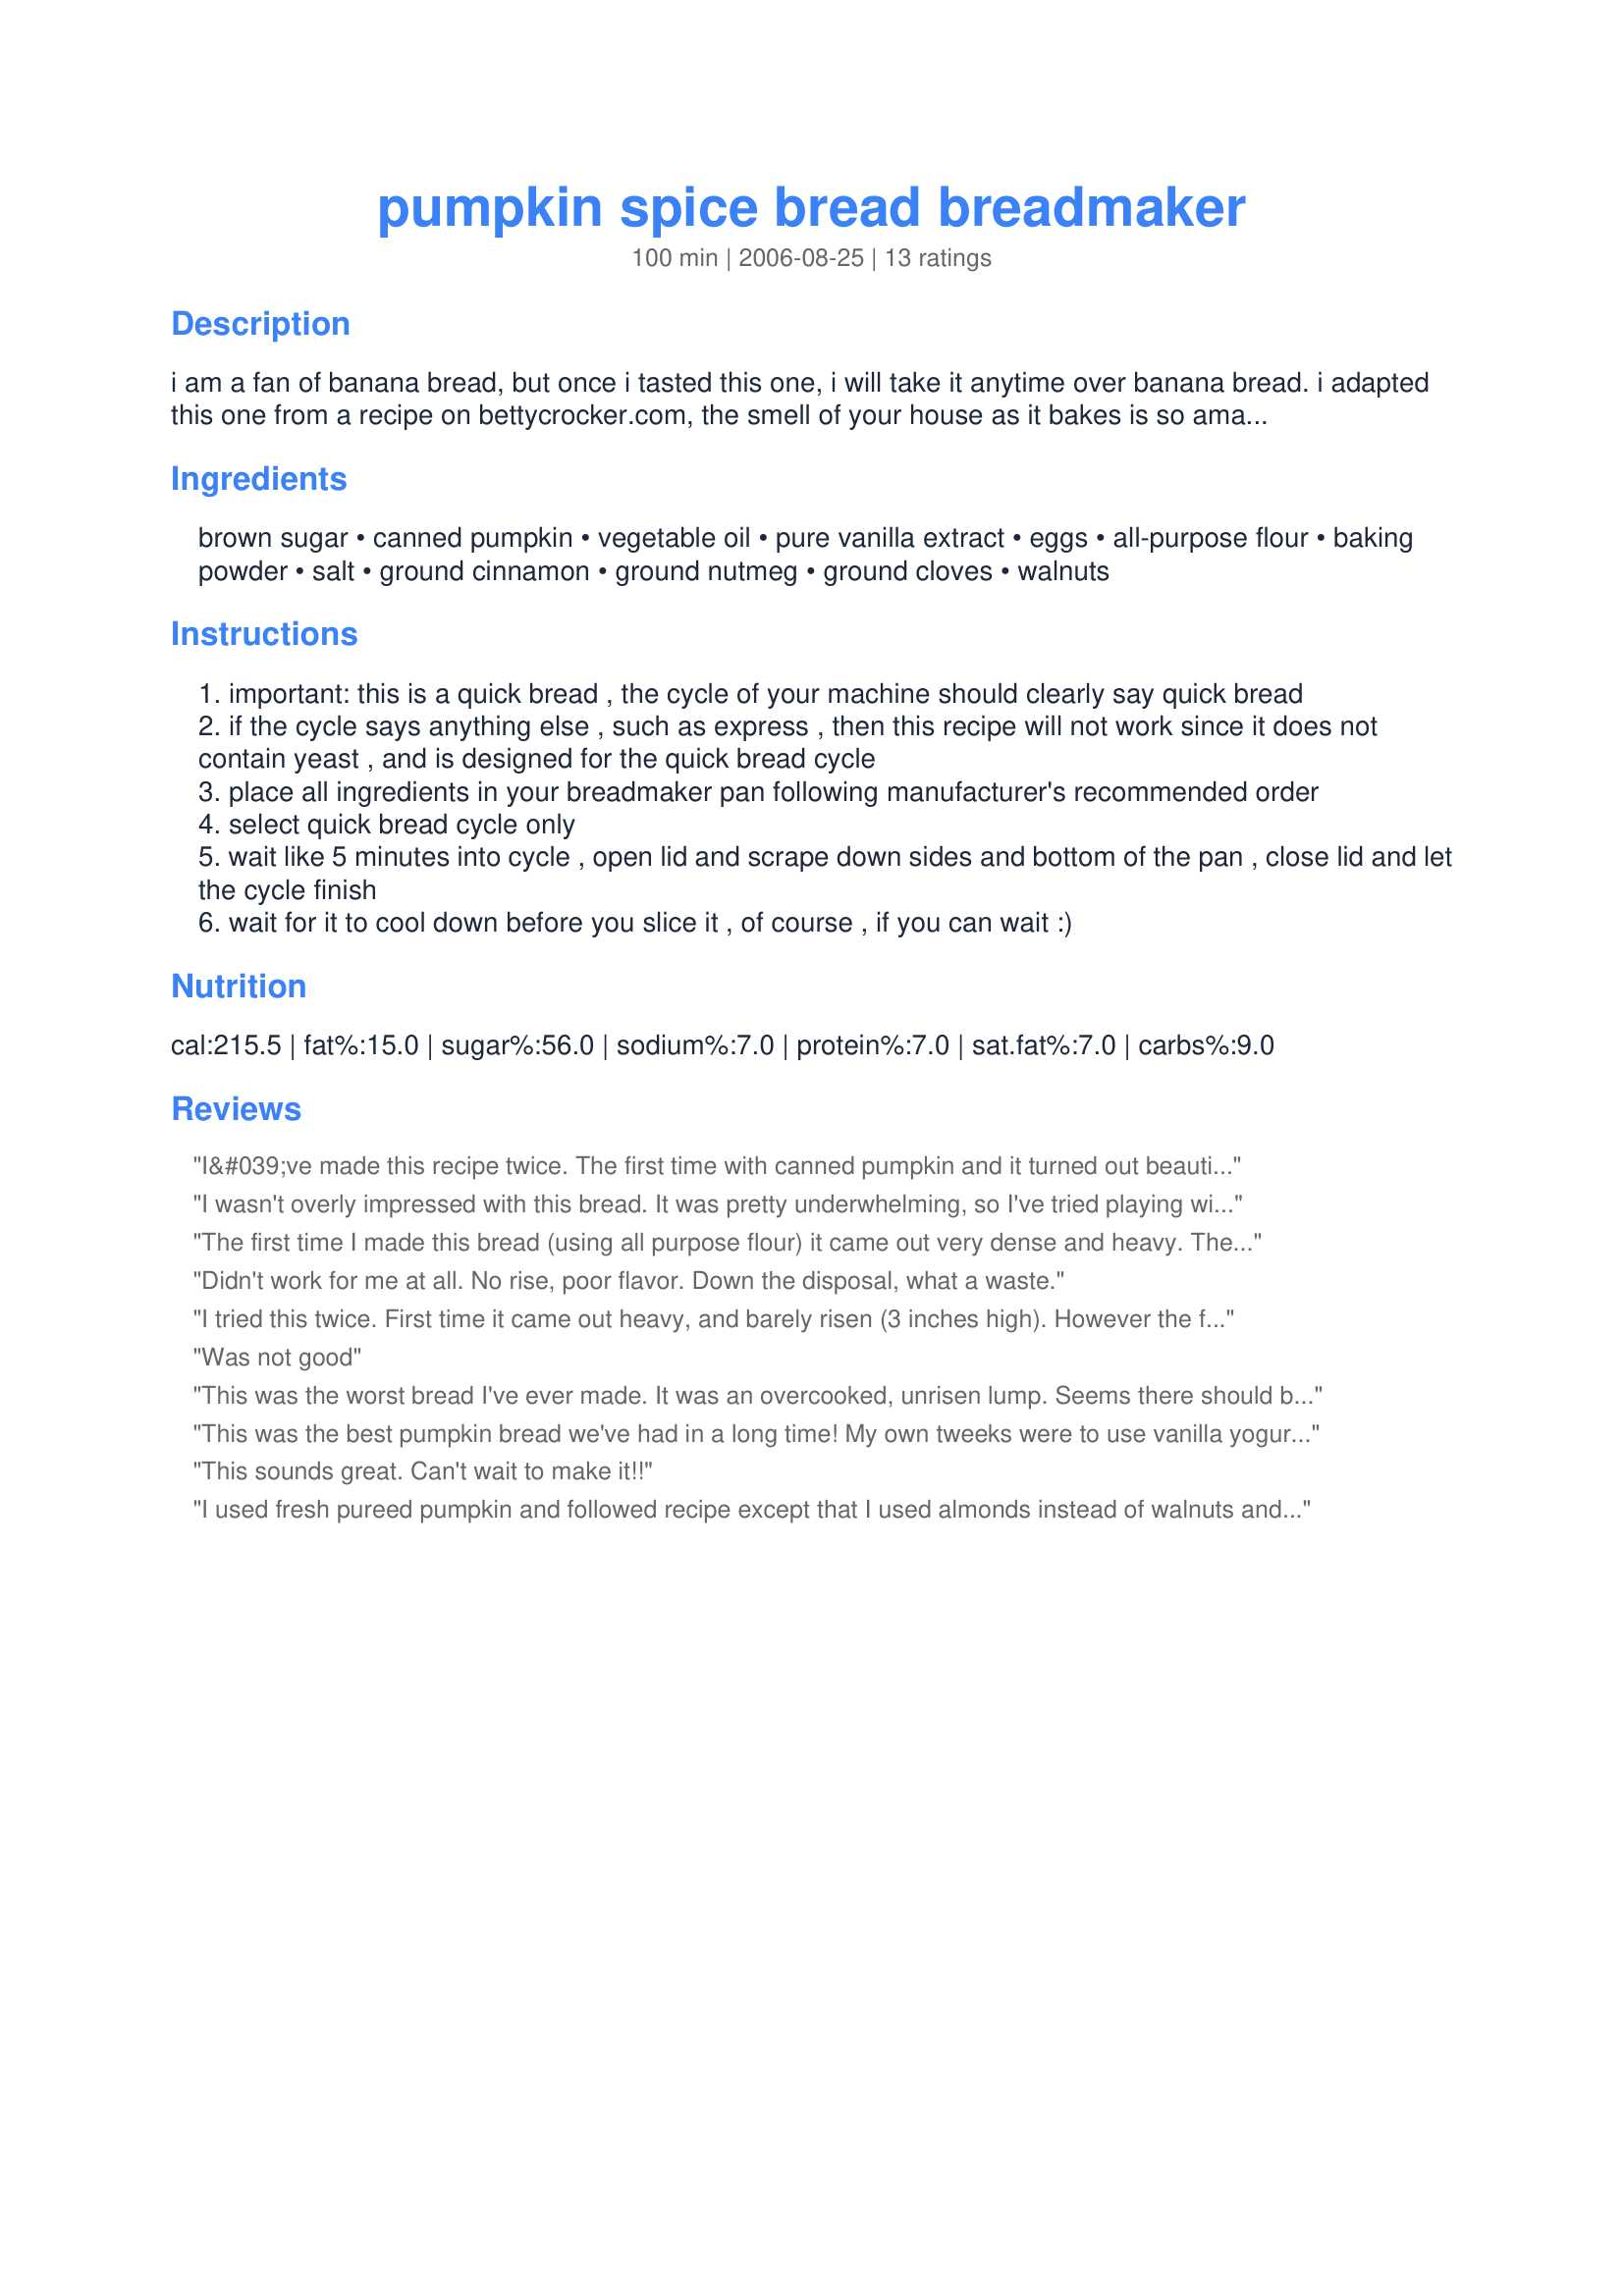
pumpkin spice bread breadmaker
Preparation time: 100 minutes

i am a fan of banana bread, but once i tasted this one, i will take it anytime over banana bread. i adapted this one from a recipe on bettycrocker.com, the smell of your house as it bakes is so amazing and inviting.
this is a quick bread, the cycle of your machine should clearly say quick bread, if it says anything else such as express, then this recipe will not work as what happened to one of the reviewers, as it does not contain yeast.

Ingredients:
brown sugar, canned pumpkin, vegetable oil, pure vanilla extract, eggs, all-purpose flour, baking powder, salt, ground cinnamon, ground nutmeg, ground cloves, walnuts

Steps:
important: this is a quick bread , the cycle of your machine should clearly say quick bread
if the cycle says anything else , such as express , then this recipe will not work since it does not contain yeast , and is designed for the quick bread cycle
place all ingredients in your breadmaker pan following manufacturer's recommended order
select quick bread cycle only
wait like 5 minutes into cycle , open lid and scrape down sides and bottom of the pan , close lid and let the cycle finish
wait for it to cool down before you slice it , of course , if you can wait :)

Reviews:
I&#039;ve made this recipe twice. The first time with canned pumpkin and it turned out beautifully. The second time I used fresh cooked pumpkin that was pureed and cooked. There was a nice outer crust but was mush on the inside. The flavor was there but the bread didnt develop at all. The only difference was canned and fresh pumpkin. The canned pumpkin I use only has pumpkin listed as an ingredient so I dont know what gives. I&#039;m just going to use the mush tomorrow to make pumpkin pancakes tomorrow morning for breakfast. I will try canned pumpkin the next time I attempt the recipe again.
I wasn't overly impressed with this bread. It was pretty underwhelming, so I've tried playing with the spices, including adding pumpkin pie spice. The flavor improved, but the texture is still way too heavy. There is potential here, but it's not the quick-and-yummy recipe I'd hoped for.
The first time I made this bread (using all purpose flour) it came out very dense and heavy. The second time I changed the recipe by using cake flour (1 1/2 cups plus three tablespoons) and it came out more tender and much lighter. Not like cake, but more like the muffin texture I associate with quick breads. I'm going to try this with pecans today instead of walnuts and maybe add some golden raisins too! This bread is delicious and my family loved it too!
Didn't work for me at all. No rise, poor flavor. Down the disposal, what a waste.
I tried this twice. First time it came out heavy, and barely risen (3 inches high). However the flavor was good, and my kids seemed happy enough to eat it. So I tried again reducing the sugar (1/2 cup) the oil (1/2 cup) and adding 1tsp baking soda. It came out much better risen and lighter, still sweet enough. Way better. Someone should rework this recipe.
Was not good
This was the worst bread I've ever made. It was an overcooked, unrisen lump. Seems there should be yeast SOMEWHERE in the recipe because the bread didn't rise at all. Awful recipe.
This was the best pumpkin bread we've had in a long time! My own tweeks were to use vanilla yogurt in place of the oil and I also added a tsp of vanilla extract. I also added just a pinch of alspice. Great post. Thanks!
This sounds great. Can't wait to make it!!
I used fresh pureed pumpkin and followed recipe except that I used almonds instead of walnuts and it was great. I am wondering if others did not have a quick bread option n the bread machine or what....as I had no issues.
Skip it...not so great
Not great...the bread is rather dense and there is not enough spices. Might make some glaze or frosting for it to help add some flavor so I can eat it and it doesn&#039;t go to waste :(
This is a great recipe for bread machine. I used bread machine flour, and it gives me muffin-like texture. Thanks for sharing this recipe!
